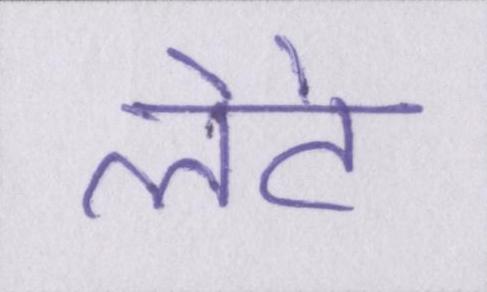
लेटे